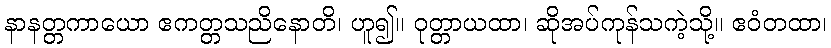
နာနတ္တကာယော ဧကတ္တသညိနောတိ၊ ဟူ၍။ ဝုတ္တာယထာ၊ ဆိုအပ်ကုန်သကဲ့သို့။ ဧဝံတထာ၊